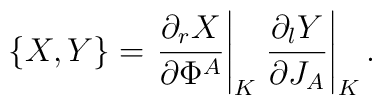
\{X,Y\}=\left. {\partial_r X\over \partial\Phi^A}\right|_K\left.{\partial_l Y\over \partial J_A}\right|_K.